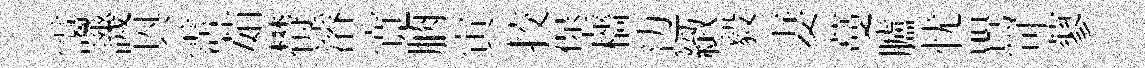
靄譏㒷霑茹欎濬寛朒寅挍堡檣边緻毅妻蔓臚忧鸎可蓼